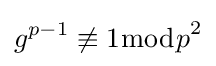
g^{p-1}\not \equiv 1{\bmod {p}}^{2}